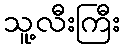
သူ့လီးကြီး